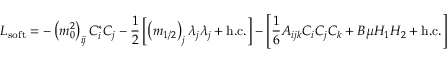
{ \cal L } _ { \mathrm { s o f t } } = - \left( m _ { 0 } ^ { 2 } \right) _ { i j } C _ { i } ^ { * } C _ { j } - \frac { 1 } { 2 } \left[ \left( m _ { 1 / 2 } \right) _ { j } \lambda _ { j } \lambda _ { j } + \mathrm { h . c . } \right] - \left[ \frac { 1 } { 6 } A _ { i j k } C _ { i } C _ { j } C _ { k } + B \mu H _ { 1 } H _ { 2 } + \mathrm { h . c . } \right]